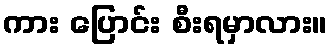
ကား ပြောင်း စီးရမှာလား။